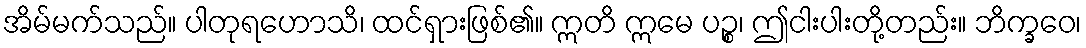
အိမ်မက်သည်။ ပါတုရဟောသိ၊ ထင်ရှားဖြစ်၏။ ဣတိ ဣမေ ပဉ္စ၊ ဤငါးပါးတို့တည်း။ ဘိက္ခဝေ၊